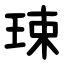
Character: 㻋